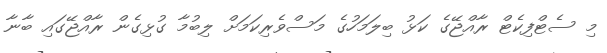
މި ސެޓްފިކެޓް ރާއްޖޭގެ ކަޅު ބިލަމަހުގެ މަސްވެރިކަމަށް ލިބުމާ ގުޅިގެން ރާއްޖޭގައި ބާނާ